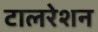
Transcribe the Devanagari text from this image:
टालरेशन